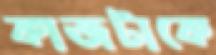
কাজটাকে